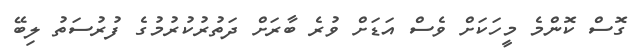
ގޮސް ކޮންމެ މީހަކަށް ވެސް އަޑަށް ވުރެ ބާރަށް ދަތުރުކުރުމުގެ ފުރުސަތު ލިބޭ